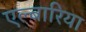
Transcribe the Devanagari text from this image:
एल्बारिया